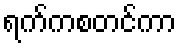
ရက်ကစတင်ကာ